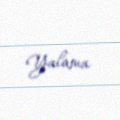
Yalama